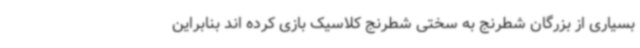
بسیاری از بزرگان شطرنج به سختی شطرنج کلاسیک بازی کرده اند بنابراین